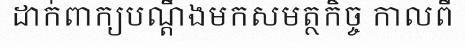
ដាក់ពាក្យបណ្តឹងមកសមត្ថកិច្ច កាលពី